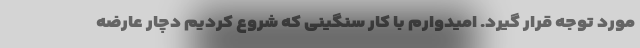
مورد توجه قرار گیرد. امیدوارم با کار سنگینی که شروع کردیم دچار عارضه